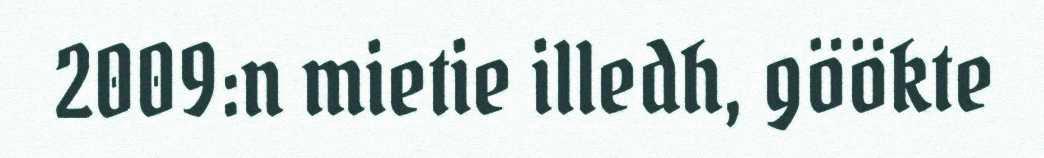
2009:n mietie illedh, göökte